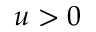
u > 0